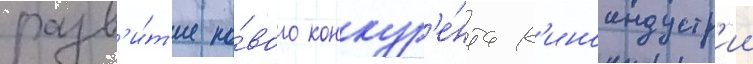
разв'и́т'ие но́вого конкур'е́нта к'иноиндустр'ии